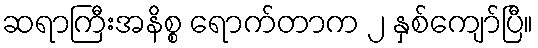
ဆရာကြီးအနိစ္စ ရောက်တာက ၂ နှစ်ကျော်ပြီ။